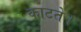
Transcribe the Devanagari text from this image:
काटते।